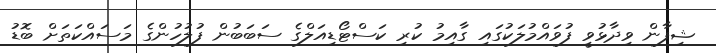
ޝިފާން ވިދާޅުވީ ފުވައްމުލަކުގައި ގާއިމު ކުރި ކަސްޓޯޑިއަލްގެ ސަބަބުން ފުލުހުންގެ މަސައްކަތަށް ބޮޑު